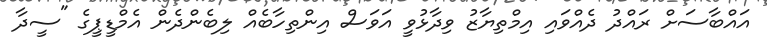
އައްބާސަށް ރައްދު ދެއްވައި އިމްތިޔާޒު ވިދާޅުވީ އަވަސް އިންތިހާބެއް ލިބެންދެން އެމްޑީޕީގެ "ސީދާ